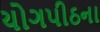
યોગપીઠના